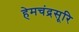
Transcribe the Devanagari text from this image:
हेमचंद्रसूरि